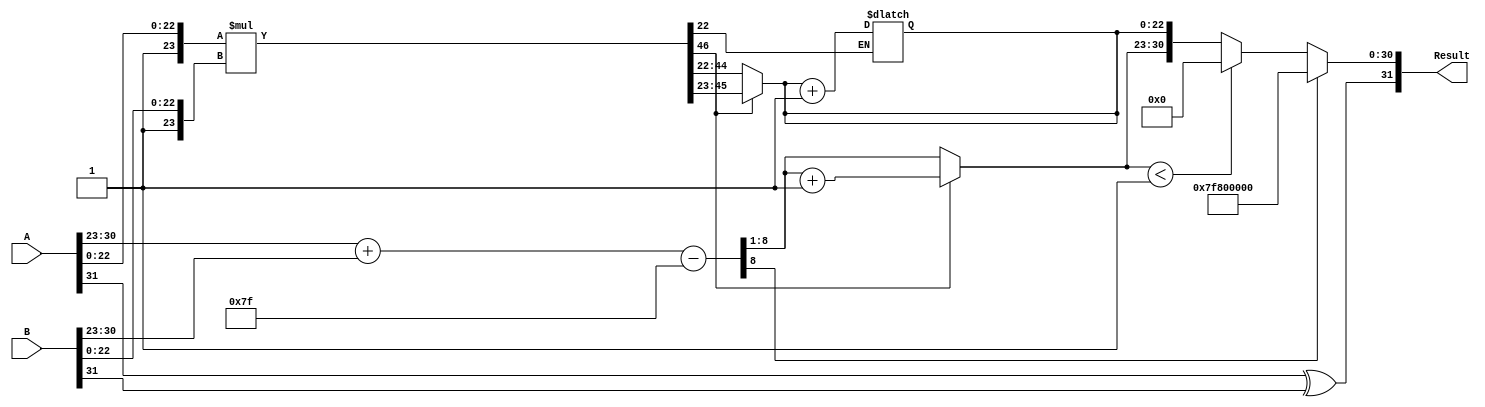
module floating_point_multiplier (
    input  wire [31:0] A, // First 32-bit floating-point number
    input  wire [31:0] B, // Second 32-bit floating-point number
    output reg  [31:0] Result // Resulting 32-bit floating-point product
);

    // Constants
    localparam BIAS = 8'd127;
    localparam EXPONENT_BITS = 8;
    localparam FRACTION_BITS = 23;

    // Decompose inputs
    wire S_A = A[31]; // Sign of A
    wire [EXPONENT_BITS-1:0] E_A = A[30:23]; // Exponent of A
    wire [FRACTION_BITS-1:0] F_A = A[22:0]; // Fraction of A

    wire S_B = B[31]; // Sign of B
    wire [EXPONENT_BITS-1:0] E_B = B[30:23]; // Exponent of B
    wire [FRACTION_BITS-1:0] F_B = B[22:0]; // Fraction of B

    // Sign calculation
    wire S_R = S_A ^ S_B; // Result sign

    // Exponent calculation
    wire [EXPONENT_BITS:0] E_R_temp = {1'b0, E_A} + {1'b0, E_B} - BIAS; // Add exponents and subtract bias
    wire [EXPONENT_BITS-1:0] E_R = E_R_temp[EXPONENT_BITS:1]; // Result exponent (upper bits)
    wire overflow = E_R_temp[EXPONENT_BITS]; // Overflow flag

    // Fraction multiplication
    wire [FRACTION_BITS*2:0] F_R_temp = {1'b1, F_A} * {1'b1, F_B}; // Multiply fractions with implicit leading 1

    // Normalization
    reg [FRACTION_BITS-1:0] F_R;
    reg [EXPONENT_BITS-1:0] E_R_final;
    reg normalized;

    always @(*) begin
        if (F_R_temp[FRACTION_BITS*2]) begin // If the result is normalized
            F_R = F_R_temp[FRACTION_BITS*2-1:FRACTION_BITS]; // Take the upper 23 bits
            E_R_final = E_R + 1; // Increment exponent
            normalized = 1;
        end else begin // If the result is not normalized
            F_R = F_R_temp[FRACTION_BITS*2-2:FRACTION_BITS-1]; // Shift right
            E_R_final = E_R; // Keep exponent the same
            normalized = 0;
        end
    end

    // Rounding (round to nearest)
    wire round_bit = F_R_temp[FRACTION_BITS-1]; // Bit to determine rounding
    always @(*) begin
        if (round_bit) begin
            F_R = F_R + 1; // Round up
        end
    end

    // Handle overflow and underflow
    always @(*) begin
        if (overflow) begin
            Result = {S_R, 8'b11111111, 23'b0}; // Set to infinity
        end else if (E_R_final < 1) begin
            Result = {S_R, 8'b0, 23'b0}; // Set to zero
        end else begin
            Result = {S_R, E_R_final, F_R[FRACTION_BITS-1:0]}; // Assemble result
        end
    end

endmodule